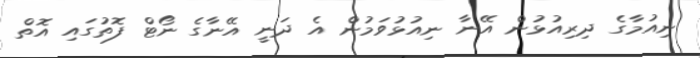
ނިއުމާގެ ދިރިއުޅުން އޭނާ ނިއުޅުވަމުން އެ ދަނީ އޭނާގެ ނޯޓް ފޮތުގައި އޮތް